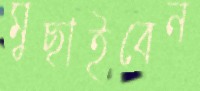
মুছাইবেন